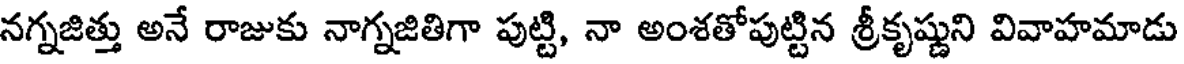
నగ్నజిత్తు అనే రాజుకు నాగ్నజితిగా పుట్టి, నా అంశతోపుట్టిన శ్రీకృష్ణుని వివాహమాడు